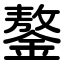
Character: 鏊